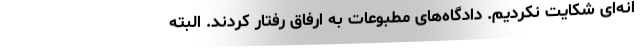
انه‌ای شکایت نکردیم. دادگاه‌های مطبوعات به ارفاق رفتار کردند. البته